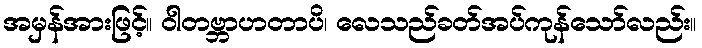
အမှန်အားဖြင့်။ ဝါတဗ္ဘာဟတာပိ၊ လေသည်ခတ်အပ်ကုန်သော်လည်း။